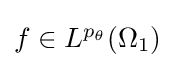
{\textstyle f\in L^{p_{\theta }}(\Omega _{1})}